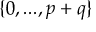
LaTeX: \{ 0 , . . . , p + q \}